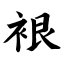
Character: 裉